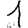
Digit: 1